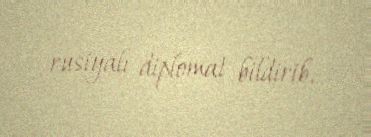
rusiyalı diplomat bildirib.